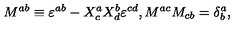
M ^ { a b } \equiv \varepsilon ^ { a b } - X _ { c } ^ { a } X _ { d } ^ { b } \varepsilon ^ { c d } , M ^ { a c } M _ { c b } = \delta _ { b } ^ { a } ,